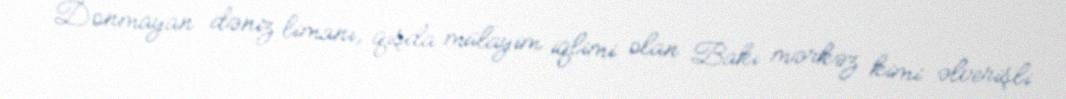
Donmayan dəniz limanı, qışda mülayim iqlimi olan Bakı mərkəz kimi əlverişli